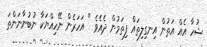
ޝުހާ އެއް އަތުން އިނގިލިތައް ފިތަމުން ދެއެވެ " އަހަރެން ނޭހިއްޔަކާ ނުބުނާނަންތަ